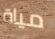
مياة